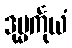
ဒုမ္မင်္ကုယံ